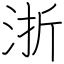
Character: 浙